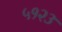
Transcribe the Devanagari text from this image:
५१२३